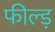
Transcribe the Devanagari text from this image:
फील्ड़